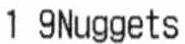
1 9NUGGETS